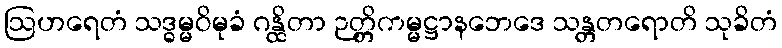
ဩဟရေတံ သဒ္ဓမ္မဝိမုခံ ဂန္ထိတာ ဉတ္တိကမ္မဋ္ဌာနဘေဒေ သန္တတရောတိ သုခိတံ